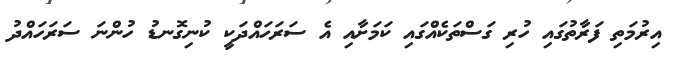
އިރުމަތި ފަރާތުގައި ހުރި ގަސްތަކެއްގައި ކަމަށާއި އެ ސަރަހައްދަކީ ކުނިގޮނޑު ހުންނަ ސަރަހައްދު